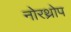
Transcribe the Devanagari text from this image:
नोरथ्रोप